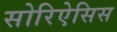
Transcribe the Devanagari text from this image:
सोरिऐसिस